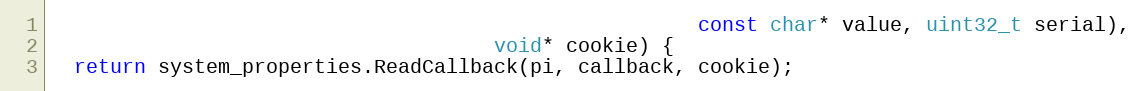
Language: C++
                                                      const char* value, uint32_t serial),
                                     void* cookie) {
  return system_properties.ReadCallback(pi, callback, cookie);